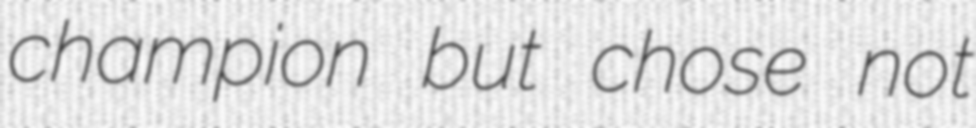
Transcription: champion but chose not